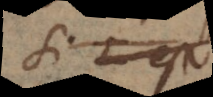
Si L est